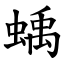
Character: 蝺